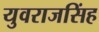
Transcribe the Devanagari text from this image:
युवराजसिंह